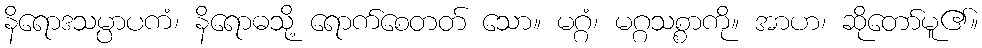
နိရောဒသမ္ပာပကံ၊ နိရောဓသို့ ရောက်စေတတ် သော။ မဂ္ဂံ၊ မဂ္ဂသစ္စာကို။ အာဟ၊ ဆိုတော်မူ၏။